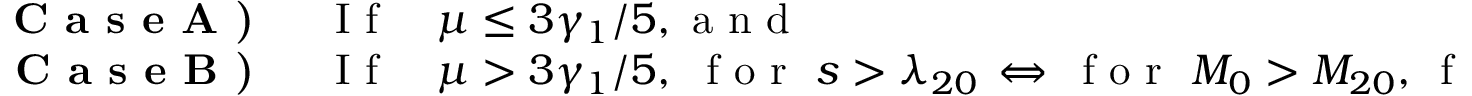
\begin{array} { r l } { \textbf { C a s e A ) } } & { { } \, \mathrm { ~ I ~ f ~ } \quad \mu \leq { 3 \gamma _ { 1 } } / { 5 } , \mathrm { ~ a ~ n ~ d ~ } } \\ { \textbf { C a s e B ) } } & { { } \, \mathrm { ~ I ~ f ~ } \quad \mu > { 3 \gamma _ { 1 } } / { 5 } , \, \, \mathrm { ~ f ~ o ~ r ~ } \, \, s > \lambda _ { 2 0 } \, \Leftrightarrow \, \mathrm { ~ f ~ o ~ r ~ } \, \, M _ { 0 } > M _ { 2 0 } , \, \mathrm { ~ f ~ o ~ r ~ a ~ n ~ y ~ } \, \, c _ { 0 } \in \, ] 0 , 1 [ \, . } \end{array}